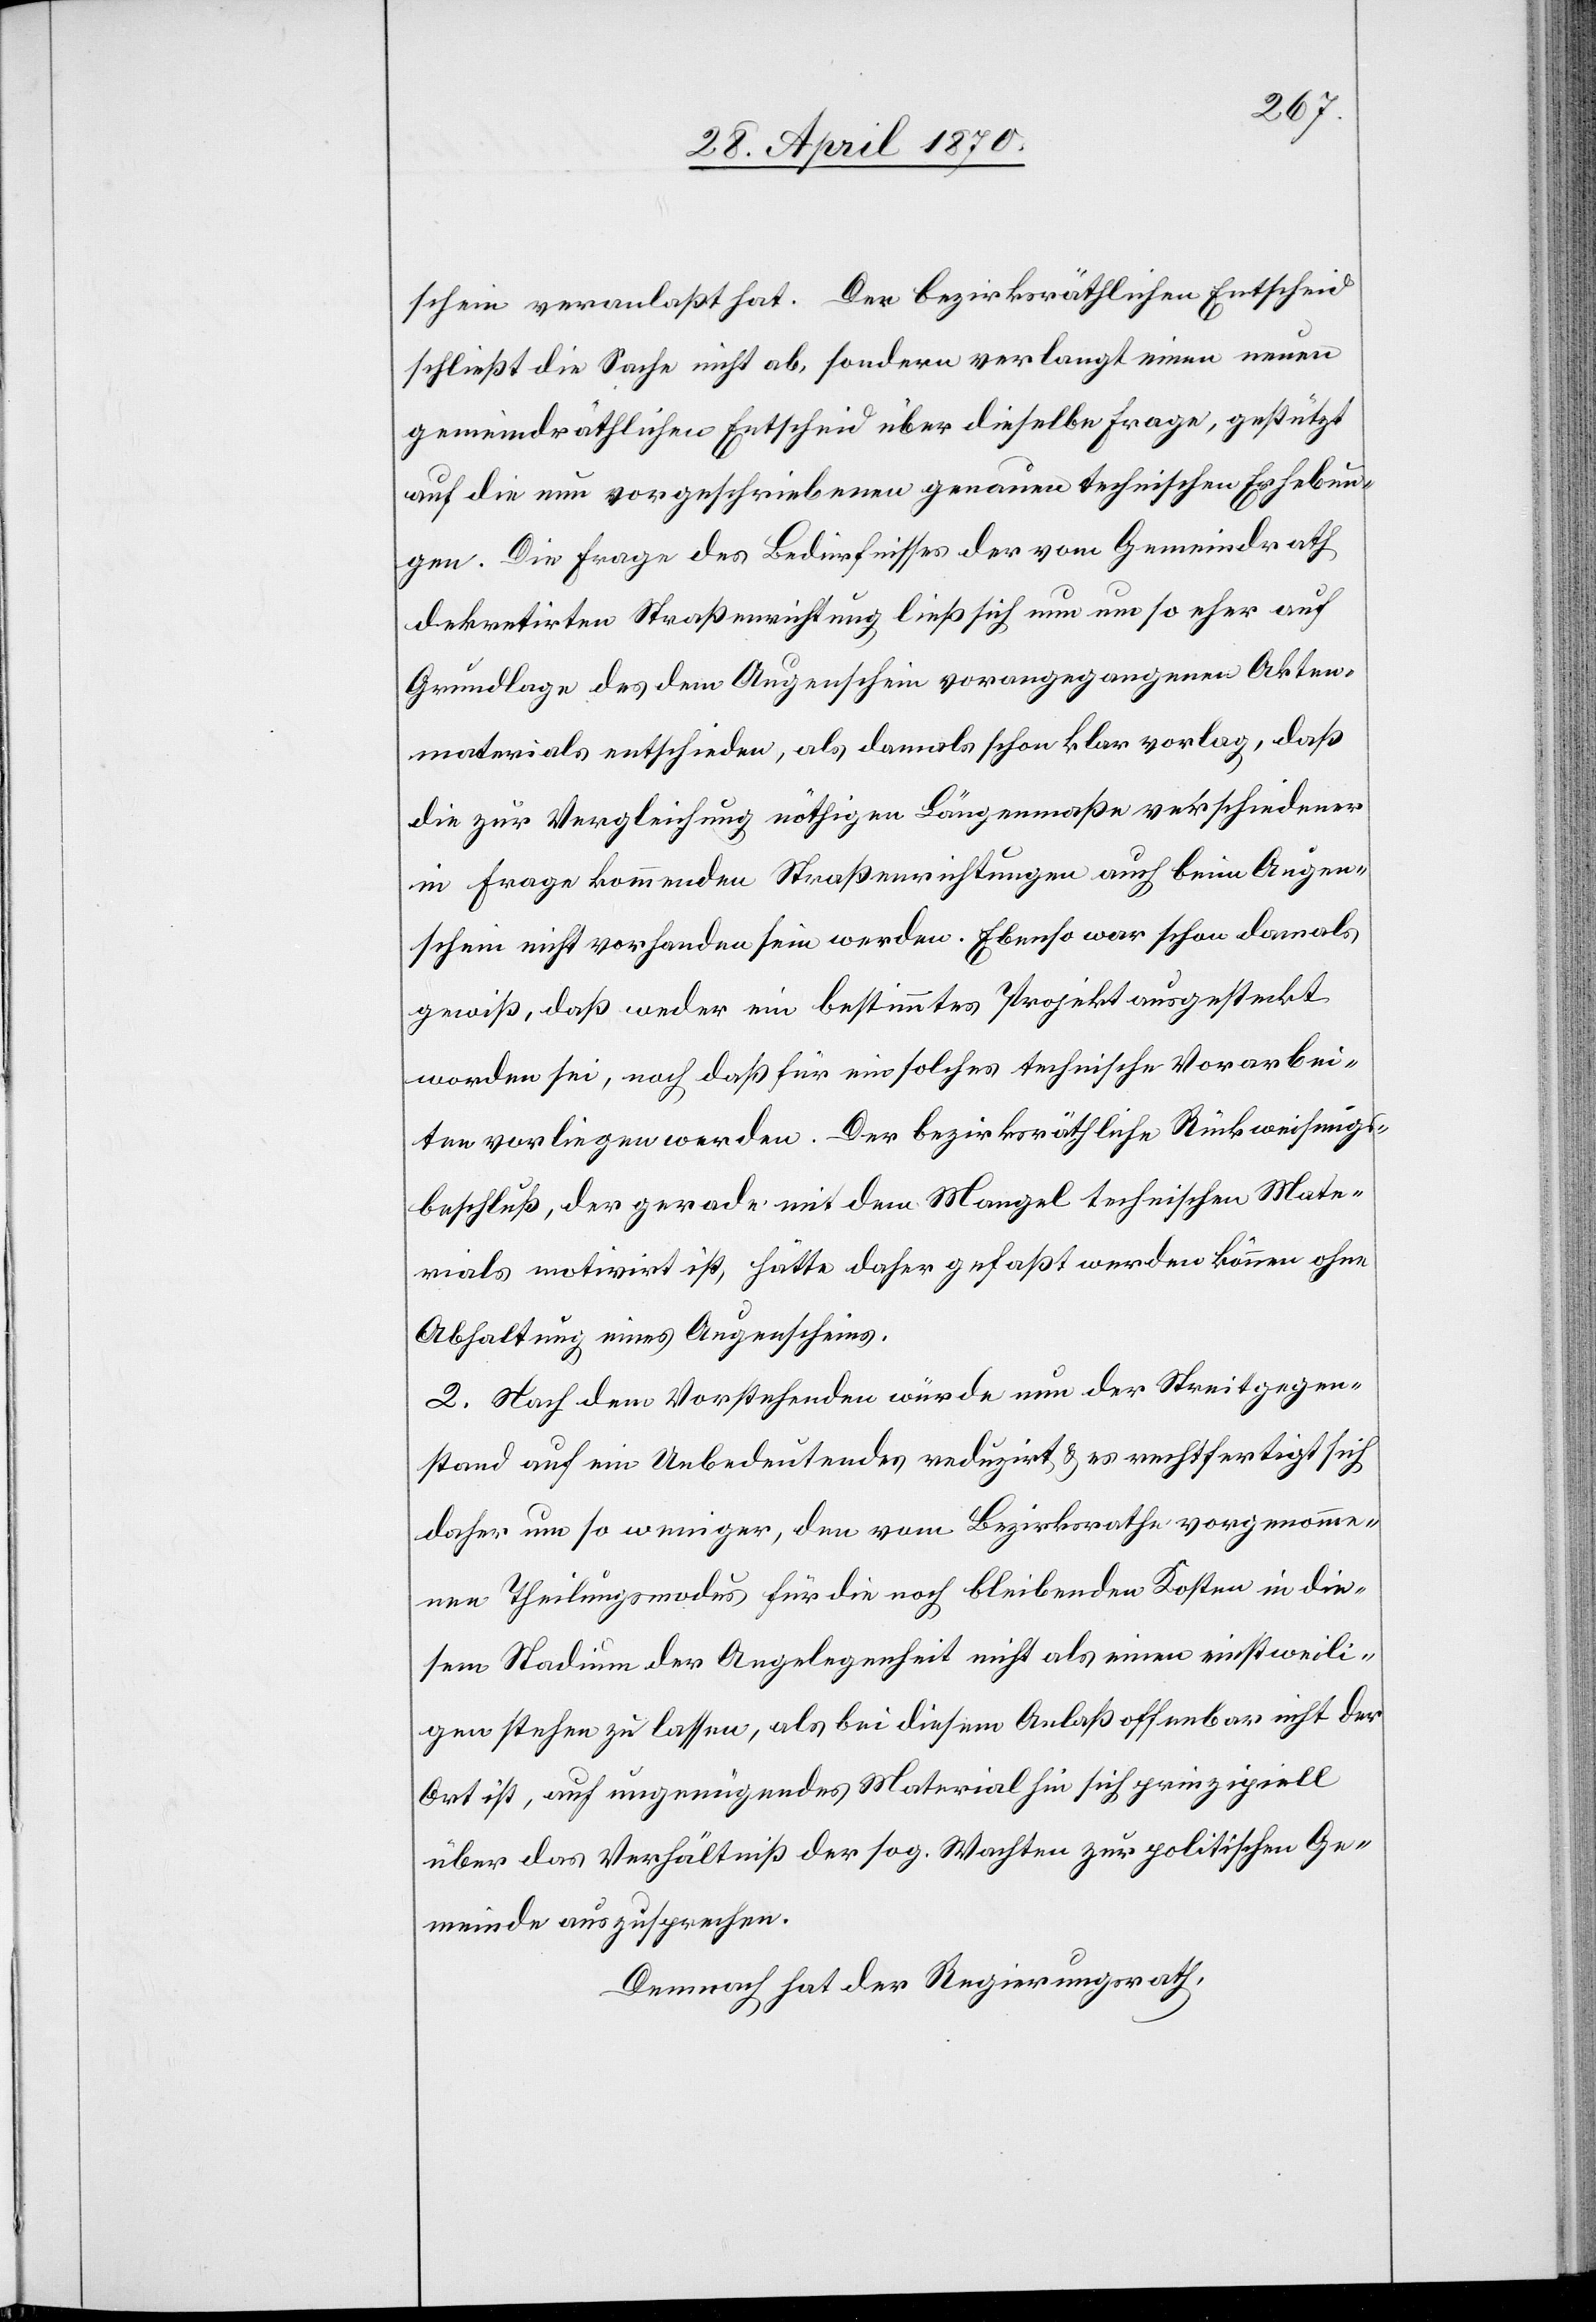
schein veranlaßt hat. Den bezirksräthlichen Entscheid
schließt die Sache nicht ab, sondern verlangt einen neuen
gemeindräthlichen Entscheid über dieselbe Frage, gestützt
auf die nun vorgeschriebenen genauen technischen Erhebun¬
gen. Die Frage des Bedürfnisses der vom Gemeindrath
dekretirten Straßenrichtung ließ sich nun um so eher auf
Grundlage des dem Augenschein vorangegangenen Akten¬
materials entschieden, als damals schon klar vorlag, daß
die zur Vergleichung nöthigen Längenmaße verschiedener
in Frage kommenden Straßenrichtungen auch beim Augen¬
schein nicht vorhanden sein werden. Ebenso war schon damals
gewiß, daß weder ein bestimmtes Projekt ausgesteckt
worden sei, noch daß für ein solches technische Vorarbei¬
ten vorliegen werden. Der bezirksräthliche Rückweisungs¬
beschluß, der gerade mit dem Mangel technischen Mate¬
rials motivirt ist, hätte daher gefaßt werden können ohne
Abhaltung eines Augenscheins.
2. Nach dem Vorstehenden würde nun der Streitgegen¬
stand auf ein Unbedeutendes reduzirt & es rechtfertigt sich
daher um so weniger, den vom Bezirksrathe vorgenomme¬
nen Theilungsmodus für die noch bleibenden Kosten in die¬
sem Stadium der Angelegenheit nicht als einen einstweili¬
gen stehen zu lassen, als bei diesem Anlaß offenbar nicht der
Ort ist, auch ungenügendes Material hin sich prinzipiell
über das Verhältniß der sog. Wachten zur politischen Ge¬
meinde auszusprechen.
Demnach hat der Regierungsrath,